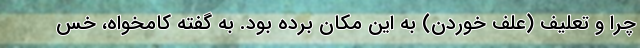
چرا و تعلیف (علف خوردن) به این مکان برده بود. به گفته کامخواه، خس